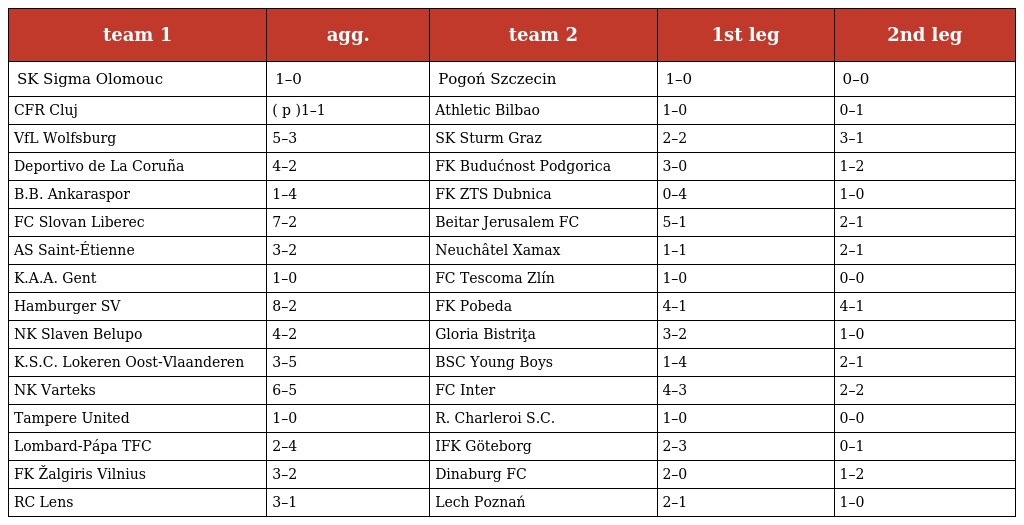
| team 1 | agg. | team 2 | 1st leg | 2nd leg |
 | --- | --- | --- | --- | --- |
 | SK Sigma Olomouc | 1–0 | Pogoń Szczecin | 1–0 | 0–0 |
 | CFR Cluj | ( p )1–1 | Athletic Bilbao | 1–0 | 0–1 |
 | VfL Wolfsburg | 5–3 | SK Sturm Graz | 2–2 | 3–1 |
 | Deportivo de La Coruña | 4–2 | FK Budućnost Podgorica | 3–0 | 1–2 |
 | B.B. Ankaraspor | 1–4 | FK ZTS Dubnica | 0–4 | 1–0 |
 | FC Slovan Liberec | 7–2 | Beitar Jerusalem FC | 5–1 | 2–1 |
 | AS Saint-Étienne | 3–2 | Neuchâtel Xamax | 1–1 | 2–1 |
 | K.A.A. Gent | 1–0 | FC Tescoma Zlín | 1–0 | 0–0 |
 | Hamburger SV | 8–2 | FK Pobeda | 4–1 | 4–1 |
 | NK Slaven Belupo | 4–2 | Gloria Bistriţa | 3–2 | 1–0 |
 | K.S.C. Lokeren Oost-Vlaanderen | 3–5 | BSC Young Boys | 1–4 | 2–1 |
 | NK Varteks | 6–5 | FC Inter | 4–3 | 2–2 |
 | Tampere United | 1–0 | R. Charleroi S.C. | 1–0 | 0–0 |
 | Lombard-Pápa TFC | 2–4 | IFK Göteborg | 2–3 | 0–1 |
 | FK Žalgiris Vilnius | 3–2 | Dinaburg FC | 2–0 | 1–2 |
 | RC Lens | 3–1 | Lech Poznań | 2–1 | 1–0 |